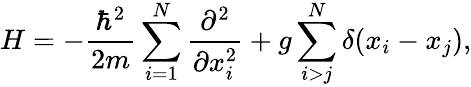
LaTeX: H=-\frac{\hbar^{2}}{2m}\sum_{i=1}^{N}\frac{\partial^{2}}{\partial x_{i}^{2}}+g\sum_{i>j}^{N}\delta(x_{i}-x_{j}),